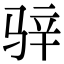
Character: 骍